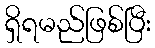
ရှိရမည်ဖြစ်ပြီး